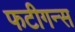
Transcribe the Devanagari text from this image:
फटीगन्स